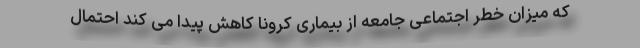
که میزان خطر اجتماعی جامعه از بیماری کرونا کاهش پیدا می کند احتمال